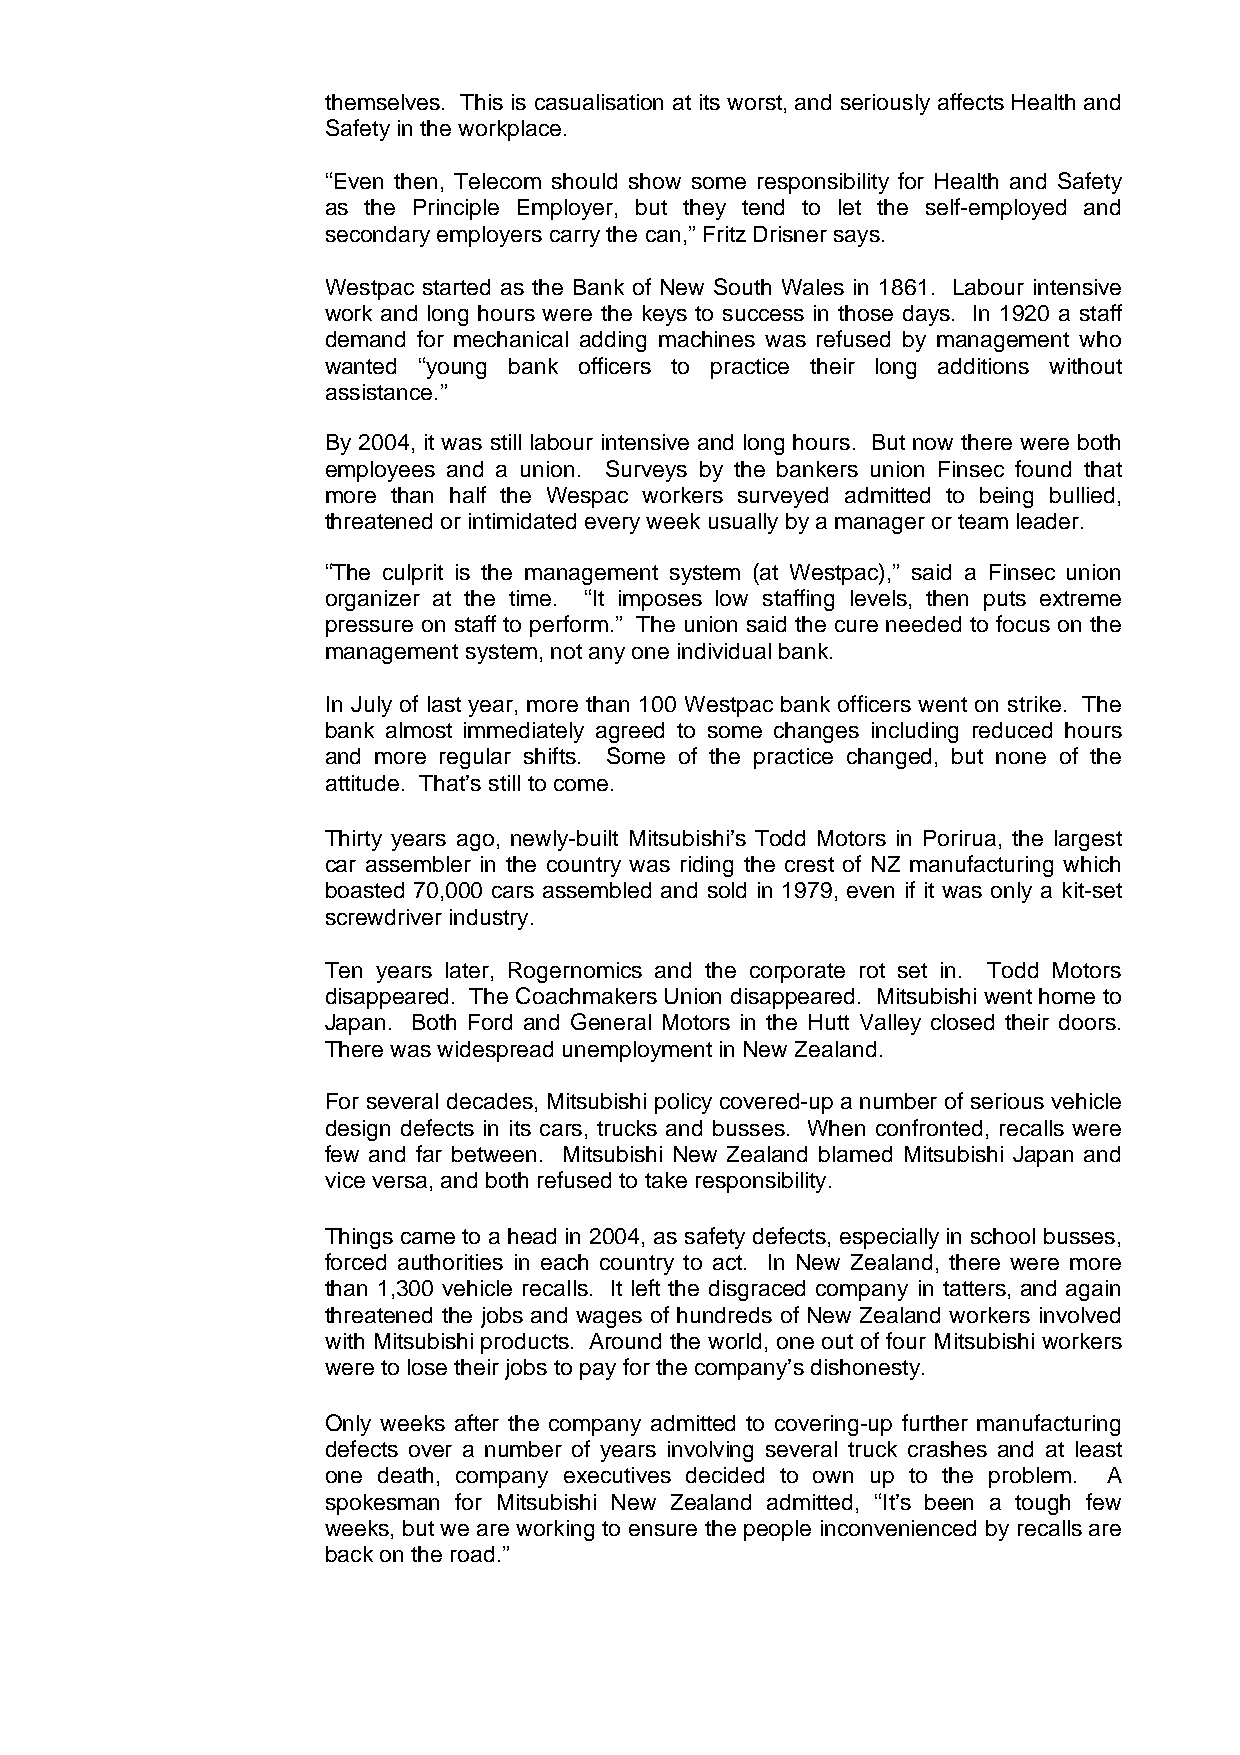
themselves. This is casualisation at its worst, and seriously affects Health and
 Safety in the workplace.
 “Even then, Telecom should show some responsibility for Health and Safety
 as the Principle Employer, but they tend to let the self-employed and
 secondary employers carry the can,” Fritz Drisner says.
 Westpac started as the Bank of New South Wales in 1861. Labour intensive
 work and long hours were the keys to success in those days. In 1920 a staff
 demand for mechanical adding machines was refused by management who
 wanted “young bank officers to practice their long additions without
 assistance.”
 By 2004, it was still labour intensive and long hours. But now there were both
 employees and a union. Surveys by the bankers union Finsec found that
 more than half the Wespac workers surveyed admitted to being bullied,
 threatened or intimidated every week usually by a manager or team leader.
 “The culprit is the management system (at Westpac),” said a Finsec union
 organizer at the time. “It imposes low staffing levels, then puts extreme
 pressure on staff to perform.” The union said the cure needed to focus on the
 management system, not any one individual bank.
 In July of last year, more than 100 Westpac bank officers went on strike. The
 bank almost immediately agreed to some changes including reduced hours
 and more regular shifts. Some of the practice changed, but none of the
 attitude. That’s still to come.
 Thirty years ago, newly-built Mitsubishi’s Todd Motors in Porirua, the largest
 car assembler in the country was riding the crest of NZ manufacturing which
 boasted 70,000 cars assembled and sold in 1979, even if it was only a kit-set
 screwdriver industry.
 Ten years later, Rogernomics and the corporate rot set in. Todd Motors
 disappeared. The Coachmakers Union disappeared. Mitsubishi went home to
 Japan. Both Ford and General Motors in the Hutt Valley closed their doors.
 There was widespread unemployment in New Zealand.
 For several decades, Mitsubishi policy covered-up a number of serious vehicle
 design defects in its cars, trucks and busses. When confronted, recalls were
 few and far between. Mitsubishi New Zealand blamed Mitsubishi Japan and
 vice versa, and both refused to take responsibility.
 Things came to a head in 2004, as safety defects, especially in school busses,
 forced authorities in each country to act. In New Zealand, there were more
 than 1,300 vehicle recalls. It left the disgraced company in tatters, and again
 threatened the jobs and wages of hundreds of New Zealand workers involved
 with Mitsubishi products. Around the world, one out of four Mitsubishi workers
 were to lose their jobs to pay for the company’s dishonesty.
 Only weeks after the company admitted to covering-up further manufacturing
 defects over a number of years involving several truck crashes and at least
 one death, company executives decided to own up to the problem. A
 spokesman for Mitsubishi New Zealand admitted, “It’s been a tough few
 weeks, but we are working to ensure the people inconvenienced by recalls are
 back on the road.”